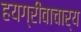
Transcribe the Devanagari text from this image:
हयग्रीवाचार्य